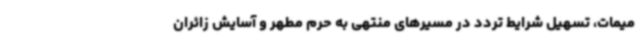
میمات، تسهیل شرایط تردد در مسیرهای منتهی به حرم مطهر و آسایش زائران